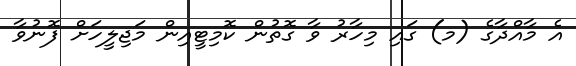
އެ މާއްދާގެ (މ) ގައި މިހާރު ވާ ގޮތުން ކޮމިޓީއިން މަޖިލީހަށް ފޮނުވާ